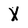
Character: X